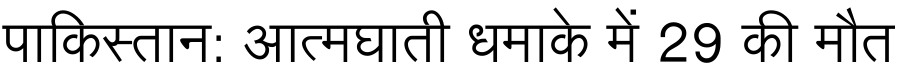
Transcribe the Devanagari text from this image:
पाकिस्तान: आत्मघाती धमाके में 29 की मौत